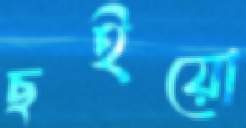
ছইয়ো